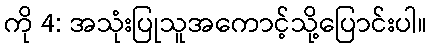
ကို 4: အသုံးပြုသူအကောင့်သို့ပြောင်းပါ။